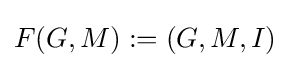
F(G,M):=(G,M,I)